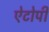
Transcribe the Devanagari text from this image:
ऐटोपी